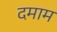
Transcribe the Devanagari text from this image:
दमाम